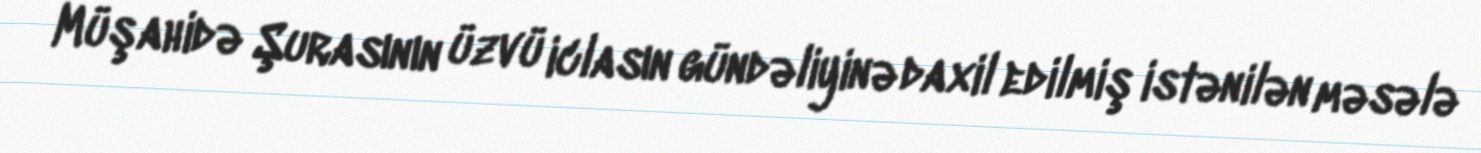
Müşahidə Şurasının üzvü iclasın gündəliyinə daxil edilmiş istənilən məsələ